Report on vaccination in the Province of Bengal - 1874-1889
Year: 1874
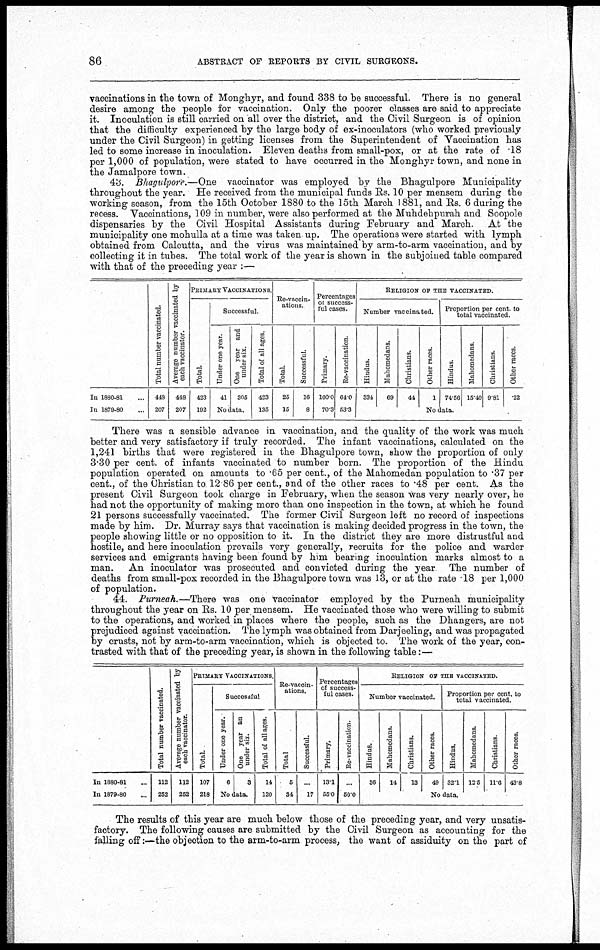
86
ABSTRACT OF REPORTS BY CIVIL SURGEONS.
vaccinations in the town of Monghyr, and found 338 to be successful. There is no general
desire among the people for vaccination. Only the poorer classes are said to appreciate
it. Inoculation is still carried on all over the district, and the Civil Surgeon is of opinion
that the difficulty experienced by the large body of ex-inoculators (who worked previously
under the Civil Surgeon) in getting licenses from the Superintendent of Vaccination has
led to some increase in inoculation. Eleven deaths from small-pox, or at the rate of .18
per 1,000 of population, were stated to have occurred in the Monghyr town, and none in
the Jamalpore town.
43. Bhagulpore.—One vaccinator was employed by the Bhagulpore Municipality
throughout the year. He received from the municipal funds Rs. 10 per mensem during the
working season, from the 15th October 1880 to the 15th March 1881, and Rs. 6 during the
recess. Vaccinations, 109 in number, were also performed at the Muhdehpurah and Soopole
dispensaries by the Civil Hospital Assistants during February and March. At the
municipality one mohulla at a time was taken up. The operations were started with lymph
obtained from Calcutta, and the virus was maintained by arm-to-arm vaccination, and by
collecting it in tubes. The total work of the year is shown in the subjoined table compared
with that of the preceding year :—
In 1880-81...
In 1879-80...
Total number vaccinated.
448
207
Average number vaccinated by
each vaccinator.
448
207
PRIMARY VACCINATIONS.
Total.
423
192
Successful.
Under one year.
41
One year and
under six.
305
No data.
Total of all ages.
423
135
Re-vaccin-
ations.
Total.
25
15
Successful.
16
8
Percentages
of success-
ful cases.
Primary.
100.0
70.3
Re-vaccination.
64.0
53.3
RELIGION OF THE VACCINATED.
Number vaccinated.
Hindus.
334
Muhomedans.
69
Christians.
44
Other races.
1
Proportion per cent. to
total vaccinated.
Hindus.
74.56
Mahomedans.
15.40
Christians.
9.81
Other races.
.22
No data.
There was a sensible advance in vaccination, and the quality of the work was much
better and very satisfactory if truly recorded. The infant vaccinations, calculated on the
1,241 births that were registered in the Bhagulpore town, show the proportion of only
3.30 per cent. of infants vaccinated to number born. The proportion of the Hindu
population operated on amounts to .65 per cent., of the Mahomedan population to .37 per
cent., of the Christian to 12.86 per cent., and of the other races to .48 per cent. As the
present Civil Surgeon took charge in February, when the season was very nearly over, he
had not the opportunity of making more than one inspection in the town, at which he found
21 persons successfully vaccinated. The former Civil Surgeon left no record of inspections
made by him. Dr. Murray says that vaccination is making decided progress in the town, the
people showing little or no opposition to it. In the district they are more distrustful and
hostile, and here inoculation prevails very generally, recruits for the police and warder
services and emigrants having been found by him bearing inoculation marks almost to a
man.
An inoculator was prosecuted and convicted during the year. The number of
deaths from small-pox recorded in the Bhagulpore town was 13, or at the rate .18 per 1,000
of population.
44. Purneah.—There was one vaccinator employed by the Purneah municipality
throughout the year on Rs. 10 per mensem. He vaccinated those who were willing to submit
to the operations, and worked in places where the people, such as the Dhangers, are not
prejudiced against vaccination. The lymph was obtained from Darjeeling, and was propagated
by crusts, not by arm-to-arm vaccination, which is objected to. The work of the year, con-
trasted with that of the preceding year, is shown in the following table:—
In 1880-81...
In 1879-80...
Total number vaccinated.
112
252
Average number vaccinated by
each vaccinator.
112
252
PRIMARY VACCINATIONS.
Total.
107
218
Successful
Under one year.
6
One year an
under six.
3
No data.
Total of all ages.
14
120
Re-vaccin-
ations.
Total
5
34
Successful.
...
17
Percentages
of success-
ful cases.
Primary.
13.1
55.0
Re-vaccination.
...
50.0
RELIGION OF THE VACCINATED.
Number vaccinated.
Hindus.
36
Mahomedans.
14
Christians.
13
Other races.
49
Proportion per cent. to
total vaccinated.
Hindus.
32.1
Mahomedans.
12.5
Christians.
11.6
Other races.
43.8
No data.
The results of this year are much below those of the preceding year, and very unsatis-
factory. The following causes are submitted by the Civil Surgeon as accounting for the
falling off:—the objection to the arm-to-arm process, the want of assiduity on the part of